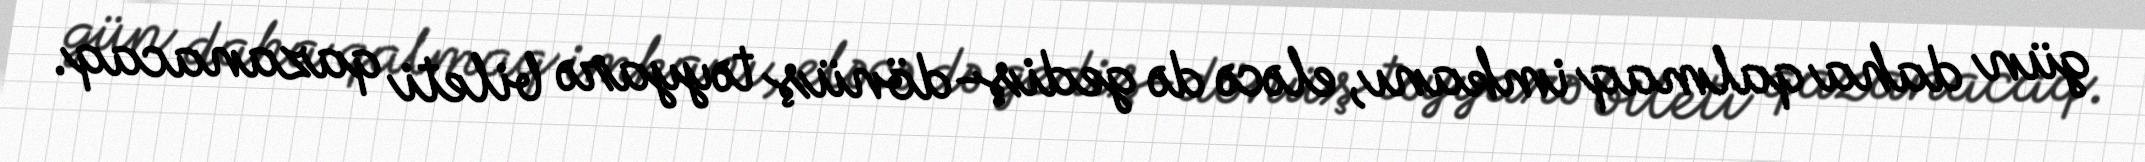
gün daha qalmaq imkanı, eləcə də gediş-dönüş təyyarə bileti qazanacaq.